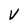
Character: V